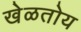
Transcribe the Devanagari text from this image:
खेळतोय